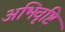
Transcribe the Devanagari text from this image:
अभिवृष्टि